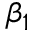
\beta _ { 1 }